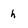
Character: h